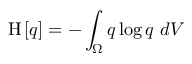
\mathrm { H } \left[ { q } \right] = - \int _ { \Omega } q \log q \ d V